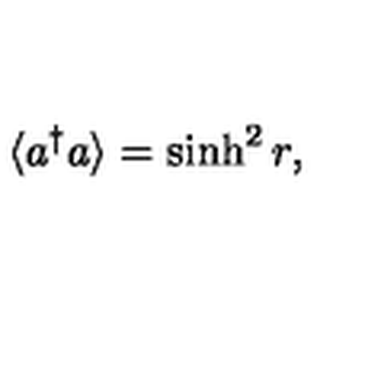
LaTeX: \langle a ^ { \dagger } a \rangle = \sinh ^ { 2 } r ,